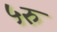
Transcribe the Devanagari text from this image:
५रु